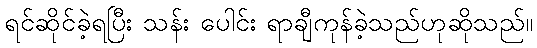
ရင်ဆိုင်ခဲ့ရပြီး သန်း ပေါင်း ရာချီကုန်ခဲ့သည်ဟုဆိုသည်။